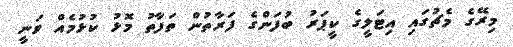
މިރޭގެ މެޗުގައި އިޓަލީގެ ކީޕަރު ބުފަންގެ ފަރާތުން ތަފާތު މޮޅު ކުޅުމެއް ވަނީ